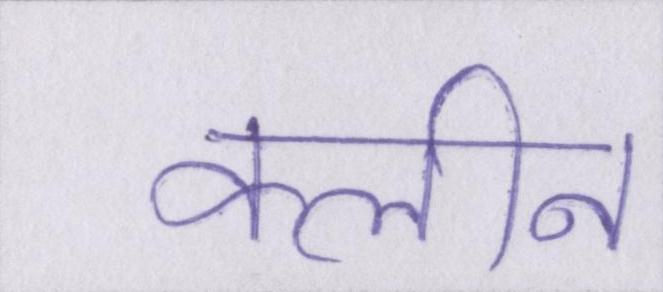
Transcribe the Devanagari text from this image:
क्लीन